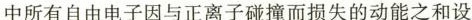
中所有自由电子因与正离子碰撞而损失的动能之和设